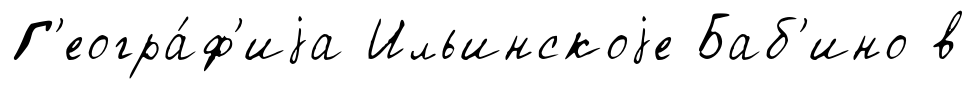
Г'еогра́ф'иjа Ильинскоjе Баб'ино в